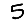
Digit: 5